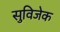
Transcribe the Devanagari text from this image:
सुविजेक